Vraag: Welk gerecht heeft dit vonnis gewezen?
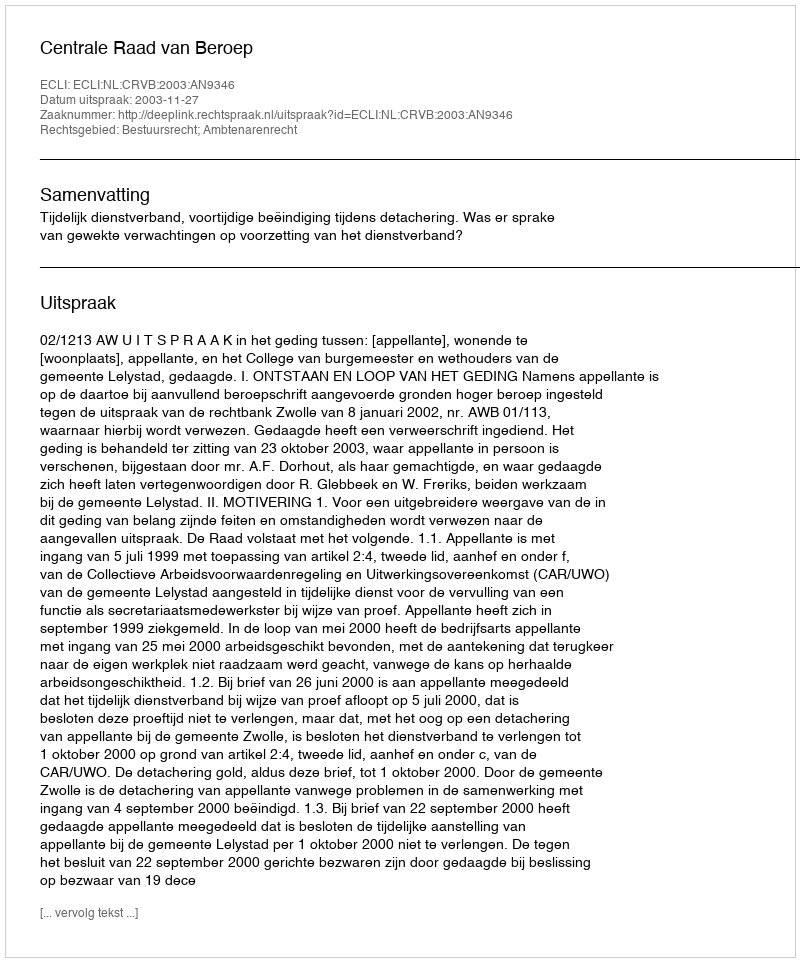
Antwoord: Centrale Raad van Beroep